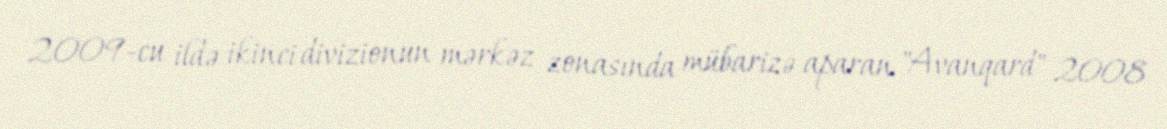
2009-cu ildə ikinci divizionun mərkəz zonasında mübarizə aparan "Avanqard" 2008